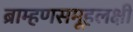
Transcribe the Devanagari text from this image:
ब्राम्हणसमूहलक्षी